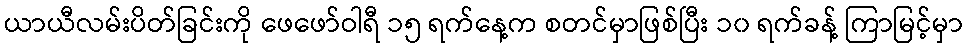
ယာယီလမ်းပိတ်ခြင်းကို ဖေဖော်ဝါရီ ၁၅ ရက်နေ့က စတင်မှာဖြစ်ပြီး ၁၀ ရက်ခန့် ကြာမြင့်မှာ